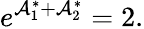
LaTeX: e^{\mathcal{A}_{1}^{\ast}+\mathcal{A}_{2}^{\ast}}=2.